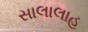
સાલાલાહ